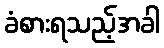
ခံစားရသည့်အခါ